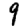
Digit: 9